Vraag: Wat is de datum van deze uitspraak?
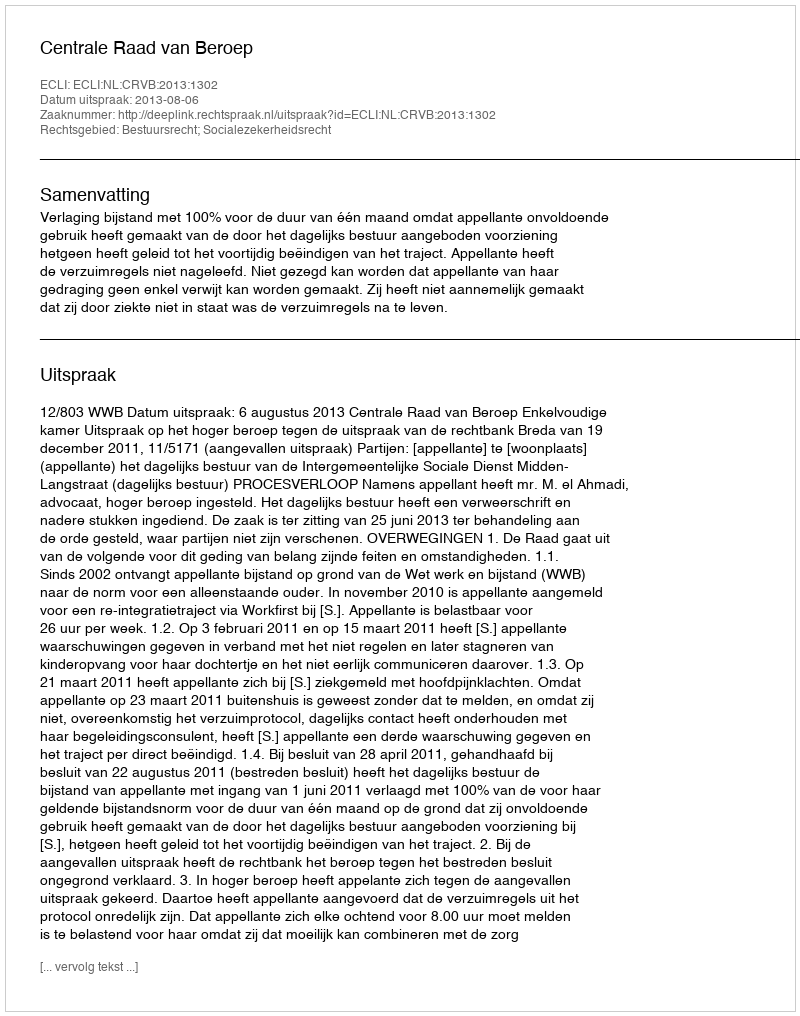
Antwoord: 2013-08-06